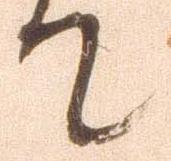
て